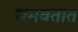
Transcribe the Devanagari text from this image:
जमवतात